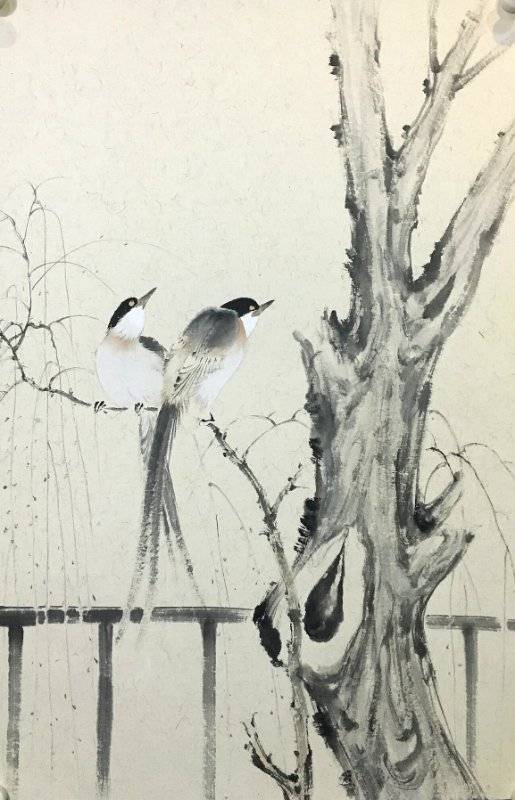
清晓妆成寒食天，柳球斜袅间花钿，卷帘直出画堂前。